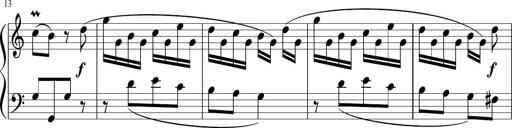
Title: 12 Keyboard Sonatinas
Composer: James Hook